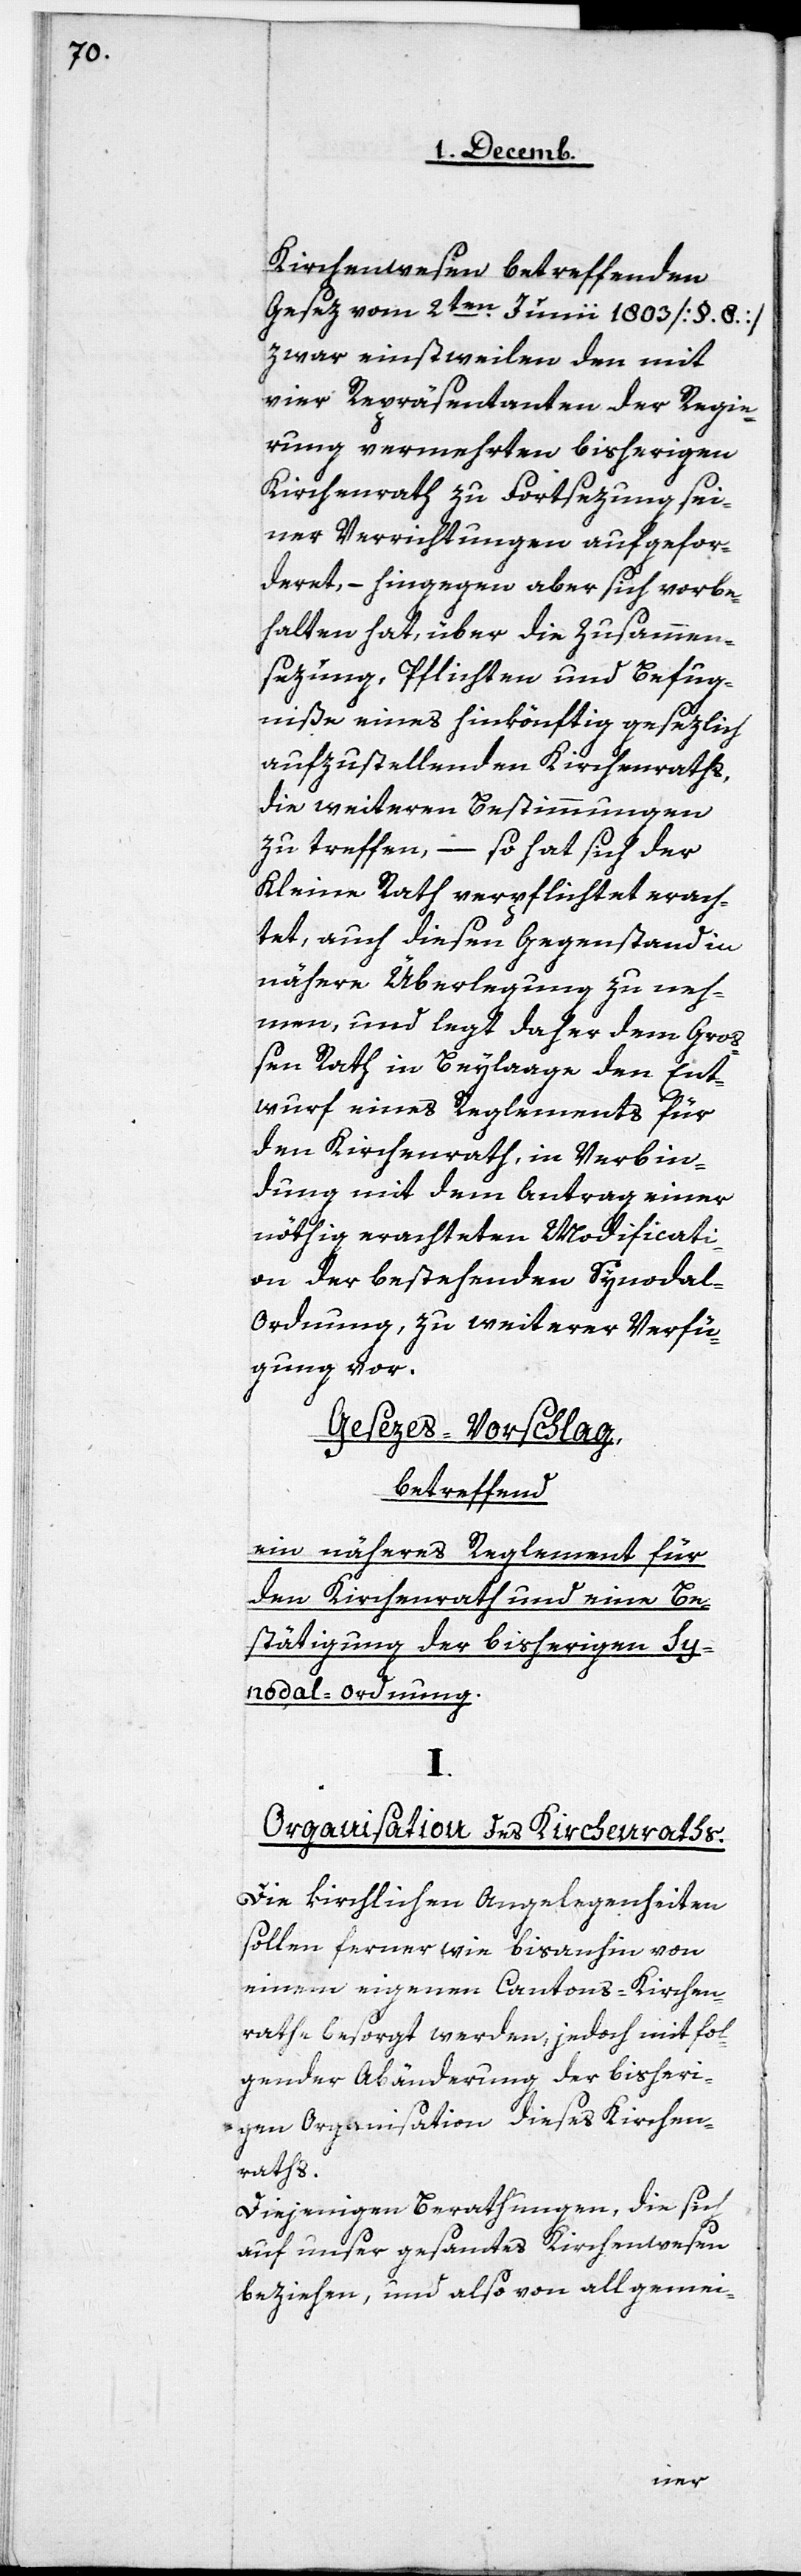
Kirchenwesen betreffenden
Gesez vom 2ten. Junii 1803 [§. 8.]
zwar einstweilen den mit
vier Repräsentanten der Regie¬
rung vermehrten bisherigen
Kirchenrath zu Fortsezung sei¬
ner Verrichtungen aufgefor¬
deret, – hingegen aber sich vorbe¬
halten hat, über die Zusammen¬
sezung, Pflichten und Befug¬
niße eines hinkönftig gesezlich
aufzustellenden Kirchenraths,
die weiteren Bestimmungen
zu treffen, – so hat sich der
Kleine Rath verpflichtet erach¬
tet, auch diesen Gegenstand in
nähere Überlegung zu neh¬
men, und legt daher dem Gro¬
ßen Rath in Beylage den Ent¬
wurf eines Reglements für
den Kirchenrath, in Verbin¬
dung mit dem Antrag einer
nöthig erachteten Modificati¬
on der bestehenden Synoda¬
l-Ordnung, zu weiterer Verfü¬
gung vor.
Gesezes-Vorschlag,
betreffend
ein näheres Reglement für
den Kirchenrath und eine Be¬
stätigung der bisherigen Sy¬
nodal-Ordnung.
I.
Organisation des Kirchenraths.
Die kirchlichen Angelegenheiten
sollen ferner wie bisanhin von
einem eigenen Cantons-Kirchen¬
rathe besorgt werden, jedoch mit fol¬
gender Abänderung der bisheri¬
gen Organisation dieses Kirchen¬
raths.
Diejenigen Berathungen, die sich
auf unser gesammtes Kirchenwesen
beziehen, und also von allgemei-